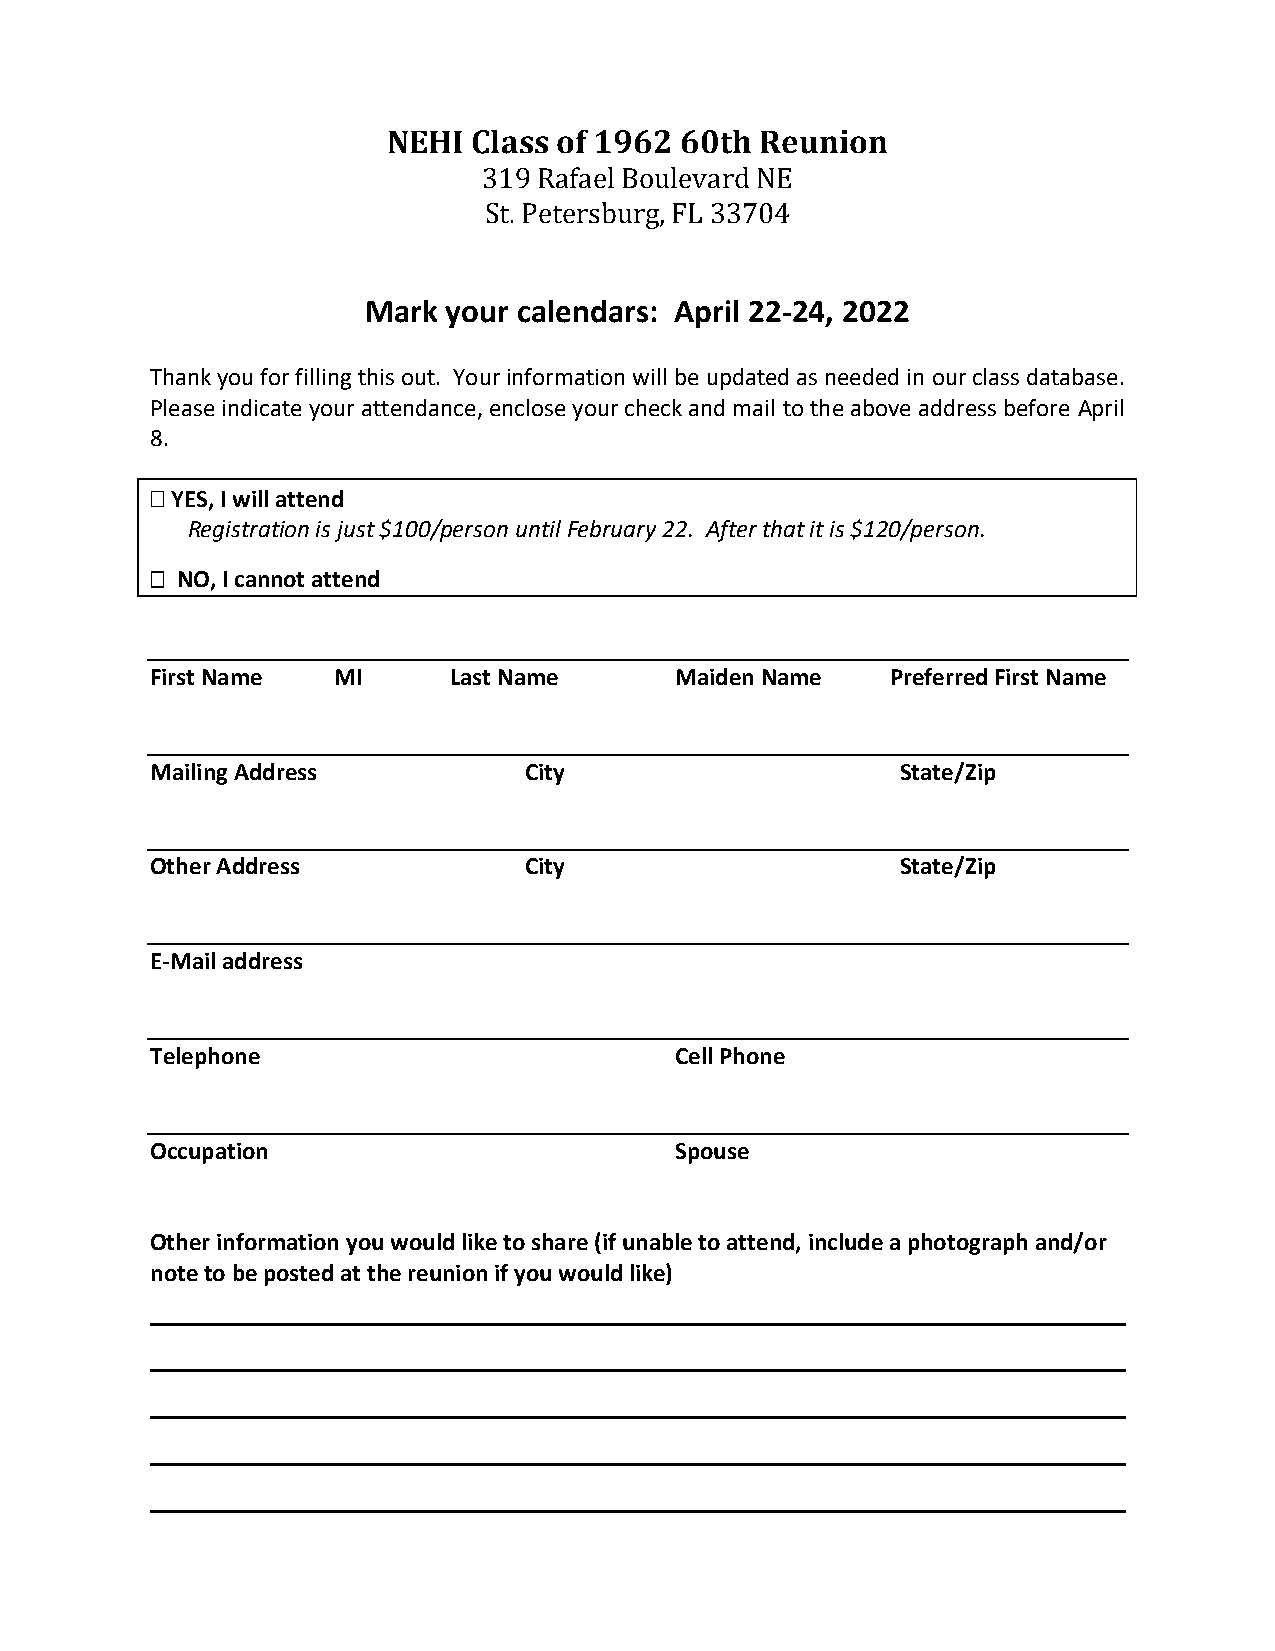
NEHI Class of 1962 60th Reunion
 319 Rafael Boulevard NE
 St. Petersburg, FL 33704
 Mark  your calendars: April 22-24, 2022
 Thank you for filling this out. Your information will be updated as needed in our class database.
 Please indicate your attendance, enclose your check and mail to the above address before April
 8.
  YES, I will attend
 Registration is just $100/person until February 22. After that it is $120/person.
  NO, I cannot attend
 First Name  MI      Last Name      Maiden Name   Preferred First Name
 Mailing Address          City                     State/Zip
 Other Address            City                     State/Zip
 E-Mail address
 Telephone                          Cell Phone
 Occupation                         Spouse
 Other information you would like to share (if unable to attend, include a photograph and/or
 note to be posted at the reunion if you would like)